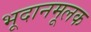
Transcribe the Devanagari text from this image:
भूदानमूलक